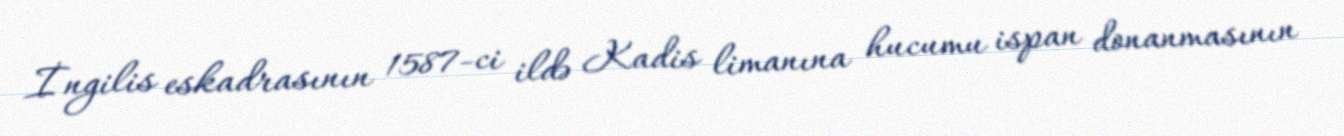
İngilis eskadrasının 1587-ci ildə Kadis limanına hucumu ispan donanmasının